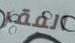
الفقر